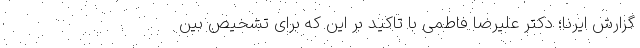
گزارش ایرنا؛ دکتر علیرضا فاطمی با تاکید بر این که برای تشخیص بین